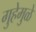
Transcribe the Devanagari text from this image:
गुहेमुळे